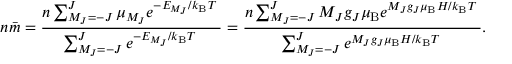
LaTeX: n { \bar { m } } = { \frac { n \sum _ { M _ { J } = - J } ^ { J } { \mu _ { M _ { J } } e ^ { { - E _ { M _ { J } } } / { k _ { \mathrm { B } } T } \; } } } { \sum _ { M _ { J } = - J } ^ { J } { e ^ { { - E _ { M _ { J } } } / { k _ { \mathrm { B } } T } \; } } } } = { \frac { n \sum _ { M _ { J } = - J } ^ { J } { M _ { J } g _ { J } \mu _ { \mathrm { B } } e ^ { { M _ { J } g _ { J } \mu _ { \mathrm { B } } H } / { k _ { \mathrm { B } } T } \; } } } { \sum _ { M _ { J } = - J } ^ { J } { e ^ { { M _ { J } g _ { J } \mu _ { \mathrm { B } } H } / { k _ { \mathrm { B } } T } \; } } } } .